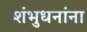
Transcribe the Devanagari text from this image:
शंभुधनांना